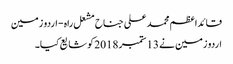
قائداعظم محمد علی جناح مشعل راہ - اردو زمین
اردو زمین نے 13 ستمبر 2018 کو شایع کیا۔